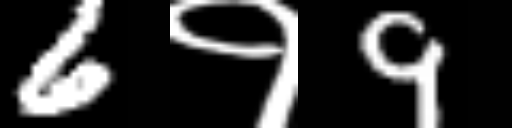
Text: 6१9